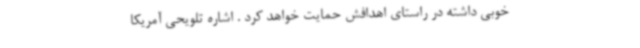
خوبی داشته در راستای اهدافش حمایت خواهد کرد . اشاره تلویحی آمریکا